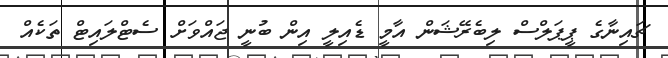
ޗައިނާގެ ޕީޕަލްސް ލިބެރޭޝަން އާމީ ޑެއިލީ އިން ބުނީ ޖައްވަށް ސެޓްލައިޓް ތަކެއް